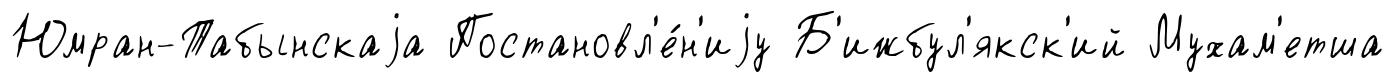
Юмран-Табынскаjа Постановл'е́н'иjу Б'ижбул'якск'ий Мухам'етша